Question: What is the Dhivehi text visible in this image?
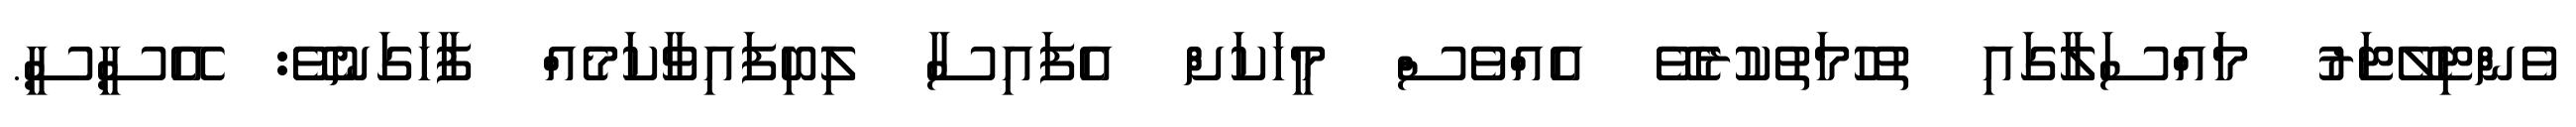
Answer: ވެންޓިލޭޓަރު މައްސަލާގައި ތުހުމަތުކުރެވޭ އެއްވެސް މީހަކަށް އެފައިސާ ލިބިފައިވާކަމެއް ފާހަގަނުވޭ: އޭސީސީ.